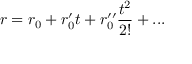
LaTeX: r = r _ { 0 } + r _ { 0 } ^ { \prime } t + r _ { 0 } ^ { \prime \prime } { \frac { t ^ { 2 } } { 2 ! } } + . . .